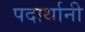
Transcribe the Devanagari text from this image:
पदार्थानी